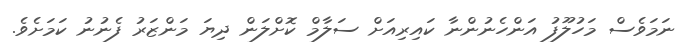
ނަމަވެސް މަހުލޫފު އަންހެނުންނާ ކައިރިއަށް ސަލާމް ކޮށްލަން ދިޔަ މަންޒަރު ފެނުނު ކަމަށެވެ.